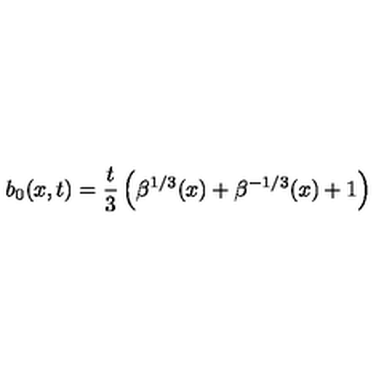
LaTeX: b _ { 0 } ( x , t ) = \frac { t } { 3 } \left( \beta ^ { 1 / 3 } ( x ) + \beta ^ { - 1 / 3 } ( x ) + 1 \right)